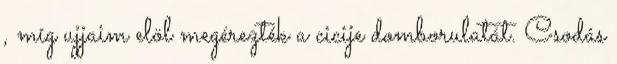
, míg ujjaim elöl megérezték a cicije domborulatát. Csodás